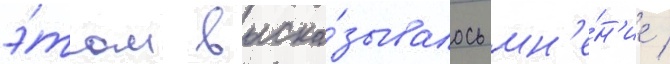
э́том выска́зывалось мн'е́н'ие /